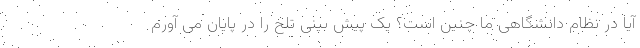
آیا در نظام دانشگاهی ما چنین است؟ یک پیش بینی تلخ را در پایان می آورم